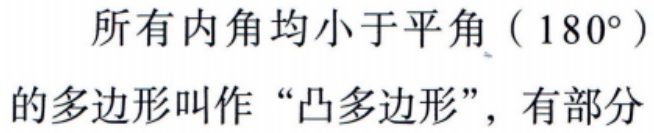
所有内角均小于平角（\(180^{\circ}\)）的多边形叫作“凸多边形”，有部分